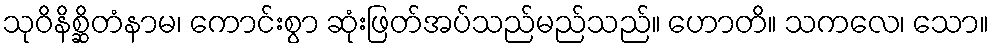
သုဝိနိစ္ဆိတံနာမ၊ ကောင်းစွာ ဆုံးဖြတ်အပ်သည်မည်သည်။ ဟောတိ။ သကလေ၊ သော။